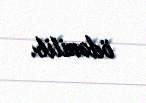
ödənilib.